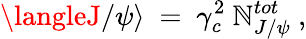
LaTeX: \langleJ/\psi\rangle~=~\gamma_{c}^{2}~\mathbb{N}_{J/\psi}^{tot}~,